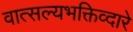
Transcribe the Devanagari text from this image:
वात्सल्यभक्तिव्दारे